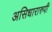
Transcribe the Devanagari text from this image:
असिधारारुपी